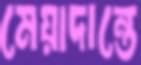
মেয়াদান্তে